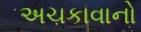
અચકાવાનો